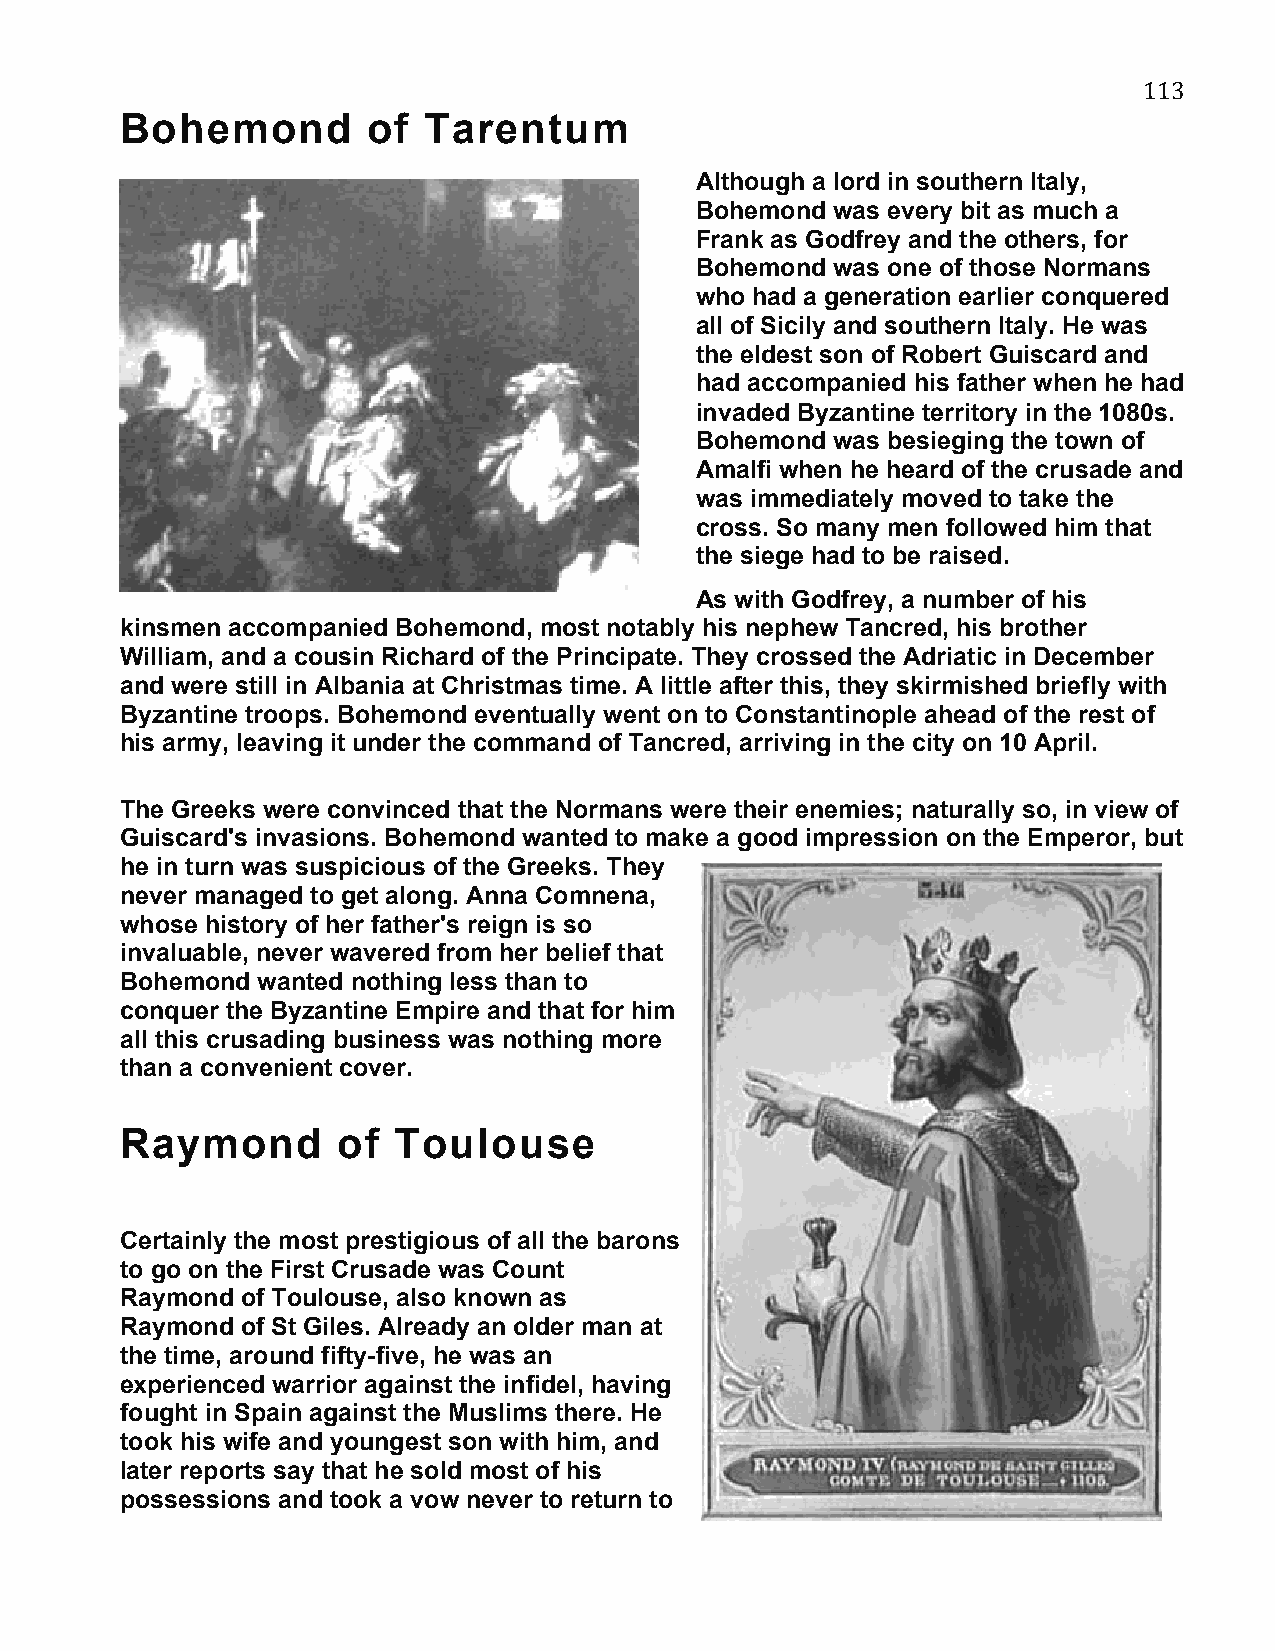
113
 Bohemond        of  Tarentum
 Although a lord in southern Italy,
 Bohemond was every bit as much a
 Frank as Godfrey and the others, for
 Bohemond was one of those Normans
 who had a generation earlier conquered
 all of Sicily and southern Italy. He was
 the eldest son of Robert Guiscard and
 had accompanied his father when he had
 invaded Byzantine territory in the 1080s.
 Bohemond was besieging the town of
 Amalfi when he heard of the crusade and
 was immediately moved to take the
 cross. So many men followed him that
 the siege had to be raised.
 As with Godfrey, a number of his
 kinsmen accompanied Bohemond, most notably his nephew Tancred, his brother
 William, and a cousin Richard of the Principate. They crossed the Adriatic in December
 and were still in Albania at Christmas time. A little after this, they skirmished briefly with
 Byzantine troops. Bohemond eventually went on to Constantinople ahead of the rest of
 his army, leaving it under the command of Tancred, arriving in the city on 10 April.
 The Greeks were convinced that the Normans were their enemies; naturally so, in view of
 Guiscard's invasions. Bohemond wanted to make a good impression on the Emperor, but
 he in turn was suspicious of the Greeks. They
 never managed to get along. Anna Comnena,
 whose history of her father's reign is so
 invaluable, never wavered from her belief that
 Bohemond wanted nothing less than to
 conquer the Byzantine Empire and that for him
 all this crusading business was nothing more
 than a convenient cover.
 Raymond       of  Toulouse
 Certainly the most prestigious of all the barons
 to go on the First Crusade was Count
 Raymond of Toulouse, also known as
 Raymond of St Giles. Already an older man at
 the time, around fifty-five, he was an
 experienced warrior against the infidel, having
 fought in Spain against the Muslims there. He
 took his wife and youngest son with him, and
 later reports say that he sold most of his
 possessions and took a vow never to return to